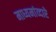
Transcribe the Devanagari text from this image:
माध्यमांव्दारे